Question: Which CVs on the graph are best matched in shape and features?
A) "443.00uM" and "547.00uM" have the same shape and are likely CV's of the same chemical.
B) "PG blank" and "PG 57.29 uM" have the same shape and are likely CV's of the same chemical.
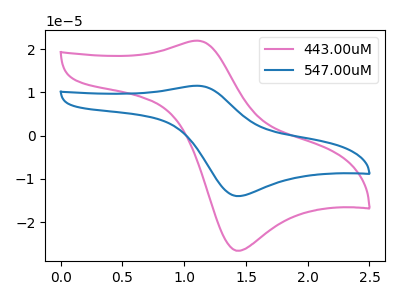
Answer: <think>The pink curve "443.00uM" has an anodic peak at (1.10V, 21.95uA) and a cathodic peak at (1.40V, -26.60uA). The blue curve "547.00uM" has an anodic peak at (1.10V, 11.50uA) and a cathodic peak at (1.40V, -13.95uA).
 All the peaks in "443.00uM" have a peak in "547.00uM" at the same potential. Every peak in "443.00uM" is higher than every peak in "547.00uM".</think>
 <answer>A) "443.00uM" and "547.00uM" have the same shape and are likely CV's of the same chemical.</answer>
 <eval>A</eval>